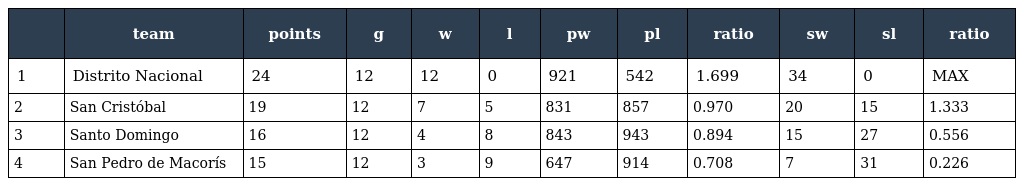
|  | team | points | g | w | l | pw | pl | ratio | sw | sl | ratio |
 | --- | --- | --- | --- | --- | --- | --- | --- | --- | --- | --- | --- |
 | 1 | Distrito Nacional | 24 | 12 | 12 | 0 | 921 | 542 | 1.699 | 34 | 0 | MAX |
 | 2 | San Cristóbal | 19 | 12 | 7 | 5 | 831 | 857 | 0.970 | 20 | 15 | 1.333 |
 | 3 | Santo Domingo | 16 | 12 | 4 | 8 | 843 | 943 | 0.894 | 15 | 27 | 0.556 |
 | 4 | San Pedro de Macorís | 15 | 12 | 3 | 9 | 647 | 914 | 0.708 | 7 | 31 | 0.226 |